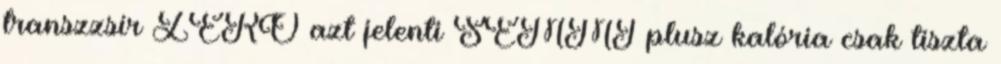
transzzsír ZERO azt jelenti SEMMI plusz kalória csak tiszta